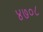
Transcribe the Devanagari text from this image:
४७०८